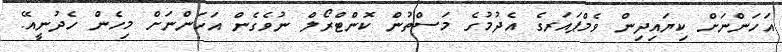
އަހަންނަށް ކިޔައިދިން ވެމްޕައަރގެ އެދުމުގެ މަސްތުން ކޮންޓްރޯލް ނުވެގެން އަހަންނަށް މިހެން ހެދުނީއޭ.